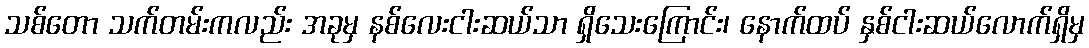
သစ်တော သက်တမ်းကလည်း အခုမှ နစ်လေးငါးဆယ်သာ ရှိသေးကြောင်း၊ နောက်ထပ် နှစ်ငါးဆယ်လောက်ရှိမှ